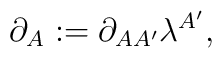
\partial_A:=\partial_{AA^{\prime}}\lambda^{A^{\prime}},